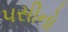
પસીનો